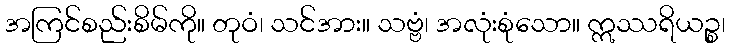
အကြင်စည်းစိမ်ကို။ တုဝံ၊ သင်အား။ သဗ္ဗံ၊ အလုံးစုံသော။ ဣဿရိယဉ္စ၊